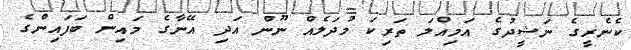
ކެނެރީގެ ނަޝީދުގެ އަމިއްލަ ތަރިކަ މުދަލެއް ނޫން އަދި އޭނާގެ މައިން ބަފައިންގެ